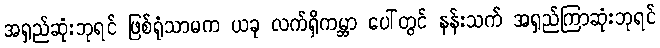
အရှည်ဆုံးဘုရင် ဖြစ်ရုံသာမက ယခု လက်ရှိကမ္ဘာ ပေါ်တွင် နန်းသက် အရှည်ကြာဆုံးဘုရင်